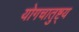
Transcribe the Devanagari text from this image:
योगचातुष्ट्य